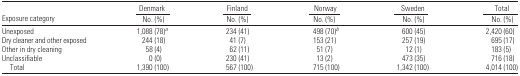
<table><thead><tr><td></td><td><b>Denmark</b></td><td><b>Finland</b></td><td><b>Norway</b></td><td><b>Sweden</b></td><td><b>Total</b></td></tr><tr><td><b>Exposure category</b></td><td><b>No. (%)</b></td><td><b>No. (%)</b></td><td><b>No. (%)</b></td><td><b>No. (%)</b></td><td><b>No. (%)</b></td></tr></thead><tbody><tr><td>Unexposed</td><td>1,088 (78)a</td><td>234 (41)</td><td>498 (70)b</td><td>600 (45)</td><td>2,420 (60)</td></tr><tr><td>Dry cleaner and other exposed</td><td>244 (18)</td><td>41 (7)</td><td>153 (21)</td><td>257 (19)</td><td>695 (17)</td></tr><tr><td>Other in dry cleaning</td><td>58 (4)</td><td>62 (11)</td><td>51 (7)</td><td>12 (1)</td><td>183 (5)</td></tr><tr><td>Unclassifiable</td><td>0 (0)</td><td>230 (41)</td><td>13 (2)</td><td>473 (35)</td><td>716 (18)</td></tr><tr><td> Total</td><td>1,390 (100)</td><td>567 (100)</td><td>715 (100)</td><td>1,342 (100)</td><td>4,014 (100)</td></tr></tbody></table>